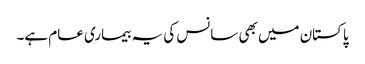
پاکستان میں بھی سانس کی یہ بیماری عام ہے۔